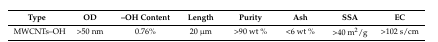
<table><thead><tr><td><b>Type</b></td><td><b>OD</b></td><td><b>–OH Content</b></td><td><b>Length</b></td><td><b>Purity</b></td><td><b>Ash</b></td><td><b>SSA</b></td><td><b>EC</b></td></tr></thead><tbody><tr><td>MWCNTs–OH</td><td>&gt;50 nm</td><td>0.76%</td><td>20 μm</td><td>&gt;90 wt %</td><td>&lt;6 wt %</td><td>&gt;40 m<sup>2</sup>/g</td><td>&gt;102 s/cm</td></tr></tbody></table>